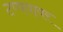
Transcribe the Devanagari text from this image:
टप्पयावर